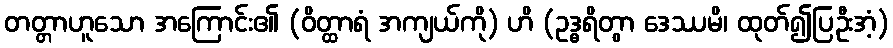
တတ္တာဟူသော အကြောင်း၏ (ဝိတ္ထာရံ အကျယ်ကို) ဟိ (ဥဒ္ဓရိတွာ ဒေဿမိ၊ ထုတ်၍ပြဦးအံ့)